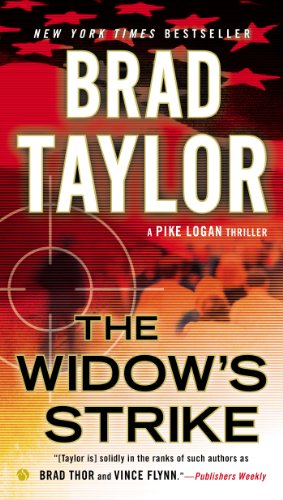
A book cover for The Widow's Strike: A Pike Logan Thriller; Brad Taylor; Mystery, Thriller & Suspense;